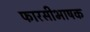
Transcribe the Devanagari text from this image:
फारसीभाषक